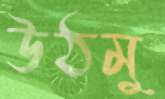
উঠমু